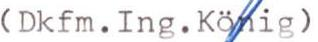
( Dkfm. Ing. König )